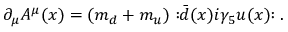
\partial _ { \mu } A ^ { \mu } ( x ) = ( m _ { d } + m _ { u } ) : \! \! { \bar { d } } ( x ) i \gamma _ { 5 } u ( x ) \! \! : .